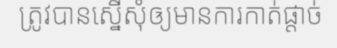
ត្រូវបានស្នើសុំឲ្យមានការកាត់ផ្តាច់